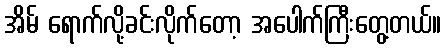
အိမ် ရောက်လို့ခင်းလိုက်တော့ အပေါက်ကြီးတွေ့တယ်။